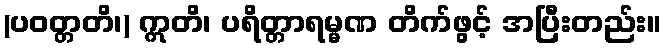
(ပဝတ္တတိ၊) ဣတိ၊ ပရိတ္တာရမ္မဏ တိက်ဖွင့် အပြီးတည်း။